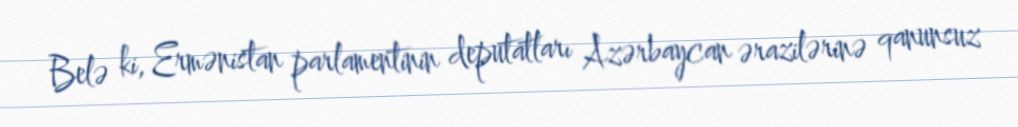
Belə ki, Ermənistan parlamentinin deputatları Azərbaycan ərazilərinə qanunsuz